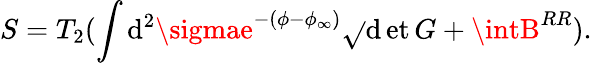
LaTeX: S=T_{2}(\int\mathrm{d}^{2}\sigmae^{-(\phi-\phi_{\infty})}\sqrt{}{{\operatorname*{\mathrm{d}et}{G}}}+\intB^{RR}).